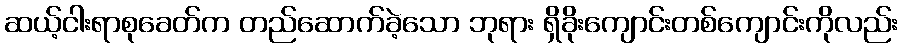
ဆယ့်ငါးရာစုခေတ်က တည်ဆောက်ခဲ့သော ဘုရား ရှိခိုးကျောင်းတစ်ကျောင်းကိုလည်း